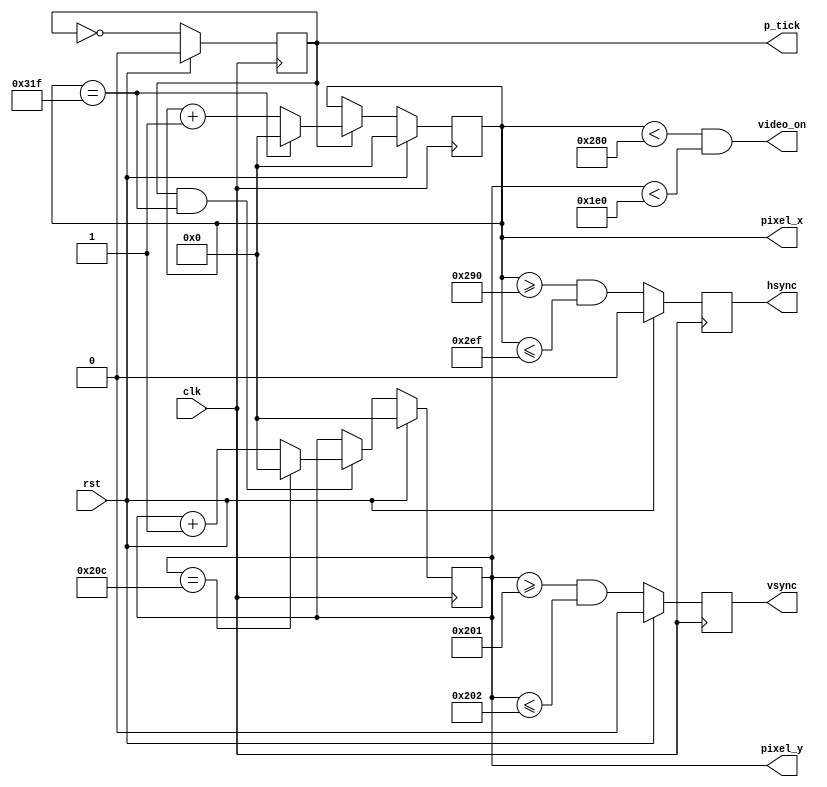
module vgaSync(clk, rst, hsync, vsync, video_on, p_tick, pixel_x, pixel_y);
input clk, rst;
output hsync, vsync, video_on, p_tick;
output [9:0] pixel_x, pixel_y;
parameter HD = 640; 
parameter HF = 48; 
parameter HB = 16; 
parameter HR = 96; 
parameter VD = 480; 
parameter VF = 10; 
parameter VB = 33; 
parameter VR = 2; 
reg mod2;
wire mod2Next;
reg [9:0] h_count, h_countNext;
reg [9:0] v_count, v_countNext;
reg v_sync, h_sync;
wire v_syncNext, h_syncNext;
wire h_end, v_end, pixel_tick;
always @(posedge clk) begin
		mod2 <= #1 mod2Next;
		v_count <= #1 v_countNext;
		h_count <= #1 h_countNext;
		v_sync <= #1 v_syncNext;
		h_sync <= #1 h_syncNext;
end
assign mod2Next = rst ? 0 : ~mod2;
assign pixel_tick = mod2;
assign h_end = (h_count == (HD+HF+HB+HR-1));
assign v_end = (v_count == (VD+VF+VB+VR-1));
always @(*) begin
	h_countNext = h_count;
	if(rst)
		h_countNext = 0;
	else if(pixel_tick) 
		if(h_end)
			h_countNext = 0;
		else
			h_countNext = h_count + 1;
end
always @(*) begin
	v_countNext = v_count;
	if(rst)
		v_countNext = 0;
	else if(pixel_tick & h_end)
		if(v_end)
			v_countNext = 0;
		else
			v_countNext = v_count + 1;
end
assign h_syncNext = rst ? 0 : (h_count >= (HD+HB) && h_count <= (HD+HB+HR-1));
assign v_syncNext = rst ? 0 : (v_count >= (VD+VB) && v_count <= (VD+VB+VR-1));
assign video_on = (h_count < HD) && (v_count < VD);
assign hsync = h_sync;
assign vsync = v_sync;
assign p_tick = mod2;
assign pixel_x = h_count;
assign pixel_y = v_count;
endmodule